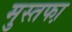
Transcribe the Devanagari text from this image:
मुस्तफा़